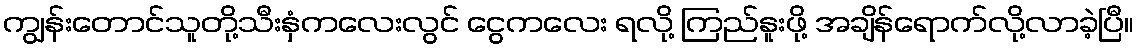
ကျွန်းတောင်သူတို့သီးနှံကလေးလွင် ငွေကလေး ရလို့ ကြည်နူးဖို့ အချိန်ရောက်လို့လာခဲ့ပြီ။